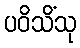
ပဝိသိံသု